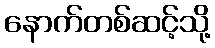
နောက်တစ်ဆင့်သို့